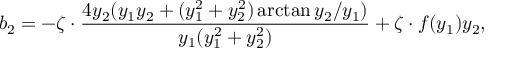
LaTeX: b _ { 2 } = - \zeta \cdot \frac { 4 y _ { 2 } ( y _ { 1 } y _ { 2 } + ( y _ { 1 } ^ { 2 } + y _ { 2 } ^ { 2 } ) \arctan { y _ { 2 } / y _ { 1 } } ) } { y _ { 1 } ( y _ { 1 } ^ { 2 } + y _ { 2 } ^ { 2 } ) } + \zeta \cdot f ( y _ { 1 } ) y _ { 2 } ,